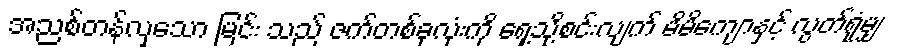
အညစ်တန်လှသော မြင်း သည် ဇက်တစ်ခုလုံးကို ရှေ့သို့စင်းလျက် မိမိကျောနှင့် လွတ်ရုံမျှ